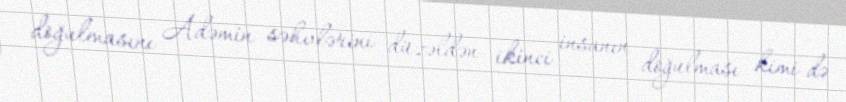
doğulmasını Adəmin səhvlərini düzəldən ikinci insanın doğulması kimi də